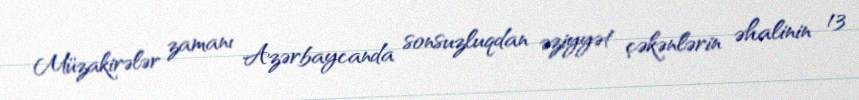
Müzakirələr zamanı Azərbaycanda sonsuzluqdan əziyyət çəkənlərin əhalinin 13